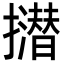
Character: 𢸝